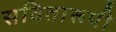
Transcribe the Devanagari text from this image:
सवितारूपी